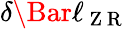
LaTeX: \delta\Bar{\ell}_{\mathrm{~Z~R~}}